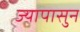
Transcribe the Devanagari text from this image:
ज्यापासुन